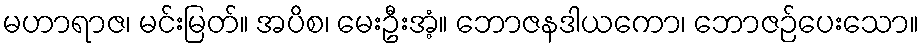
မဟာရာဇ၊ မင်းမြတ်။ အပိစ၊ မေးဦးအံ့။ ဘောဇနဒါယကော၊ ဘောဇဉ်ပေးသော။